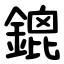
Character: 鎞